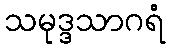
သမုဒ္ဒသာဂရံ